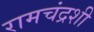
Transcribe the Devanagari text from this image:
रामचंद्रशी